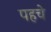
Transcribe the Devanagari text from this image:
पहचे